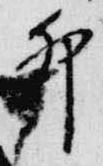
卯